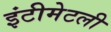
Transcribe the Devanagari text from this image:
इंटीमेटली